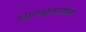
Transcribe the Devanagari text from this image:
विमानकुलातील